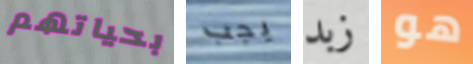
بحياتهم يجب زبد هو